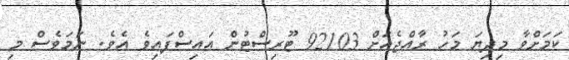
ކަމަށްވާ މިދިޔަ މަހު ރާއްޖެއަށް 92103 ޓޫރިސްޓުން އައިސްފައިވެ އެވެ. ނަމަވެސް މި